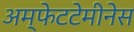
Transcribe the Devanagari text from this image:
अम्फेटटेमीनेस